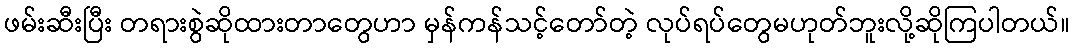
ဖမ်းဆီးပြီး တရားစွဲဆိုထားတာတွေဟာ မှန်ကန်သင့်တော်တဲ့ လုပ်ရပ်တွေမဟုတ်ဘူးလို့ဆိုကြပါတယ်။